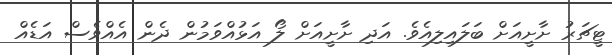
ޓީޗަރު ށާށީއަށް ބަލައިލިއެވެ. އަދި ށާށީއަށް ލޯ އަޅުއްވަމުން ދެން އެއްވެސް އަޑެއް